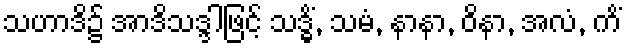
သဟာဒိ၌ အာဒိသဒ္ဒါဖြင့် သဒ္ဓိံ, သမံ, နာနာ, ဝိနာ, အလံ, ကိံ